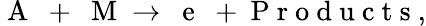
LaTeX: \mathrm{~A~}~+~\mathrm{~M~}\rightarrow~\mathrm{~e~}~+\mathrm{~P~r~o~d~u~c~t~s~},